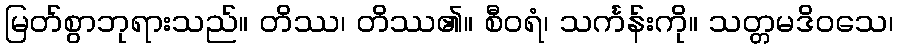
မြတ်စွာဘုရားသည်။ တိဿ၊ တိဿ၏။ စီဝရံ၊ သင်္ကန်းကို။ သတ္တမဒိဝသေ၊